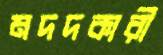
মদদকারী